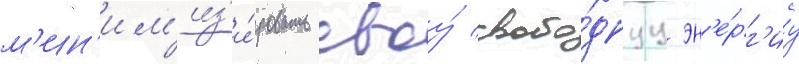
м'ин'им'из'и́ровать своу́ свобо́днуу эн'е́рг'иу